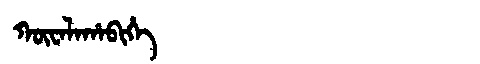
Manchu: ᡴᡡᠸᠠᠯᠠᡥᠠᠪᡳᡥᡝ
Romanization: KŪWALAHABIHE